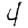
Digit: 4